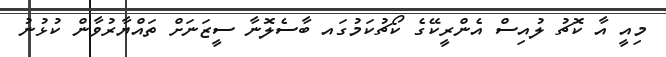
މިއީ އާ ކޮޗު ލުއިސް އެންރީކޭގެ ކޯޗުކަމުގައ ބާސެލޮނާ ސީޒަނަށް ތައްޔާރުވާން ކުޅުނު